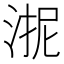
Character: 𭰬